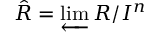
{ \hat { R } } = \varprojlim R / I ^ { n }